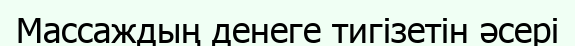
Массаждың денеге тигізетін әсері